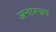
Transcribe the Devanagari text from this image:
अनास्त्रव